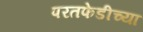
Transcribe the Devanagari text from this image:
परतफेडीच्या